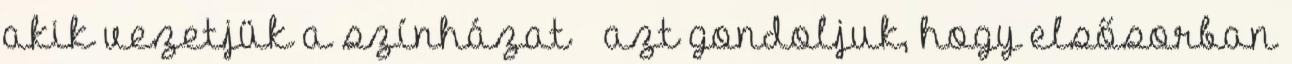
akik vezetjük a színházat – azt gondoljuk, hogy elsősorban